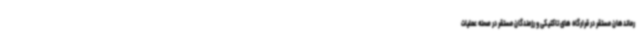
رماندهان مستقر در قرارگاه های تاکتیکی و رزمندگان مستقر در صحنه عملیات